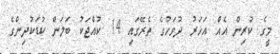
މީގެ ކުރިން އެއް އަހަރު ދުވަހުގެ ތެރޭގައި 14 ކުއްޖަކު ބަލަން ކުޑަކުދިންގެ